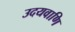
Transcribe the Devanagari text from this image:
उदयवाणि